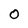
Character: 0